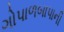
ગોપાળબાપાની